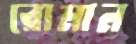
রোমান